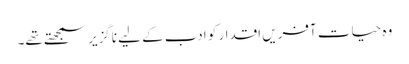
وہ حیات آفریں اقدار کو ادب کے لیے ناگزیر سمجھتے تھے۔